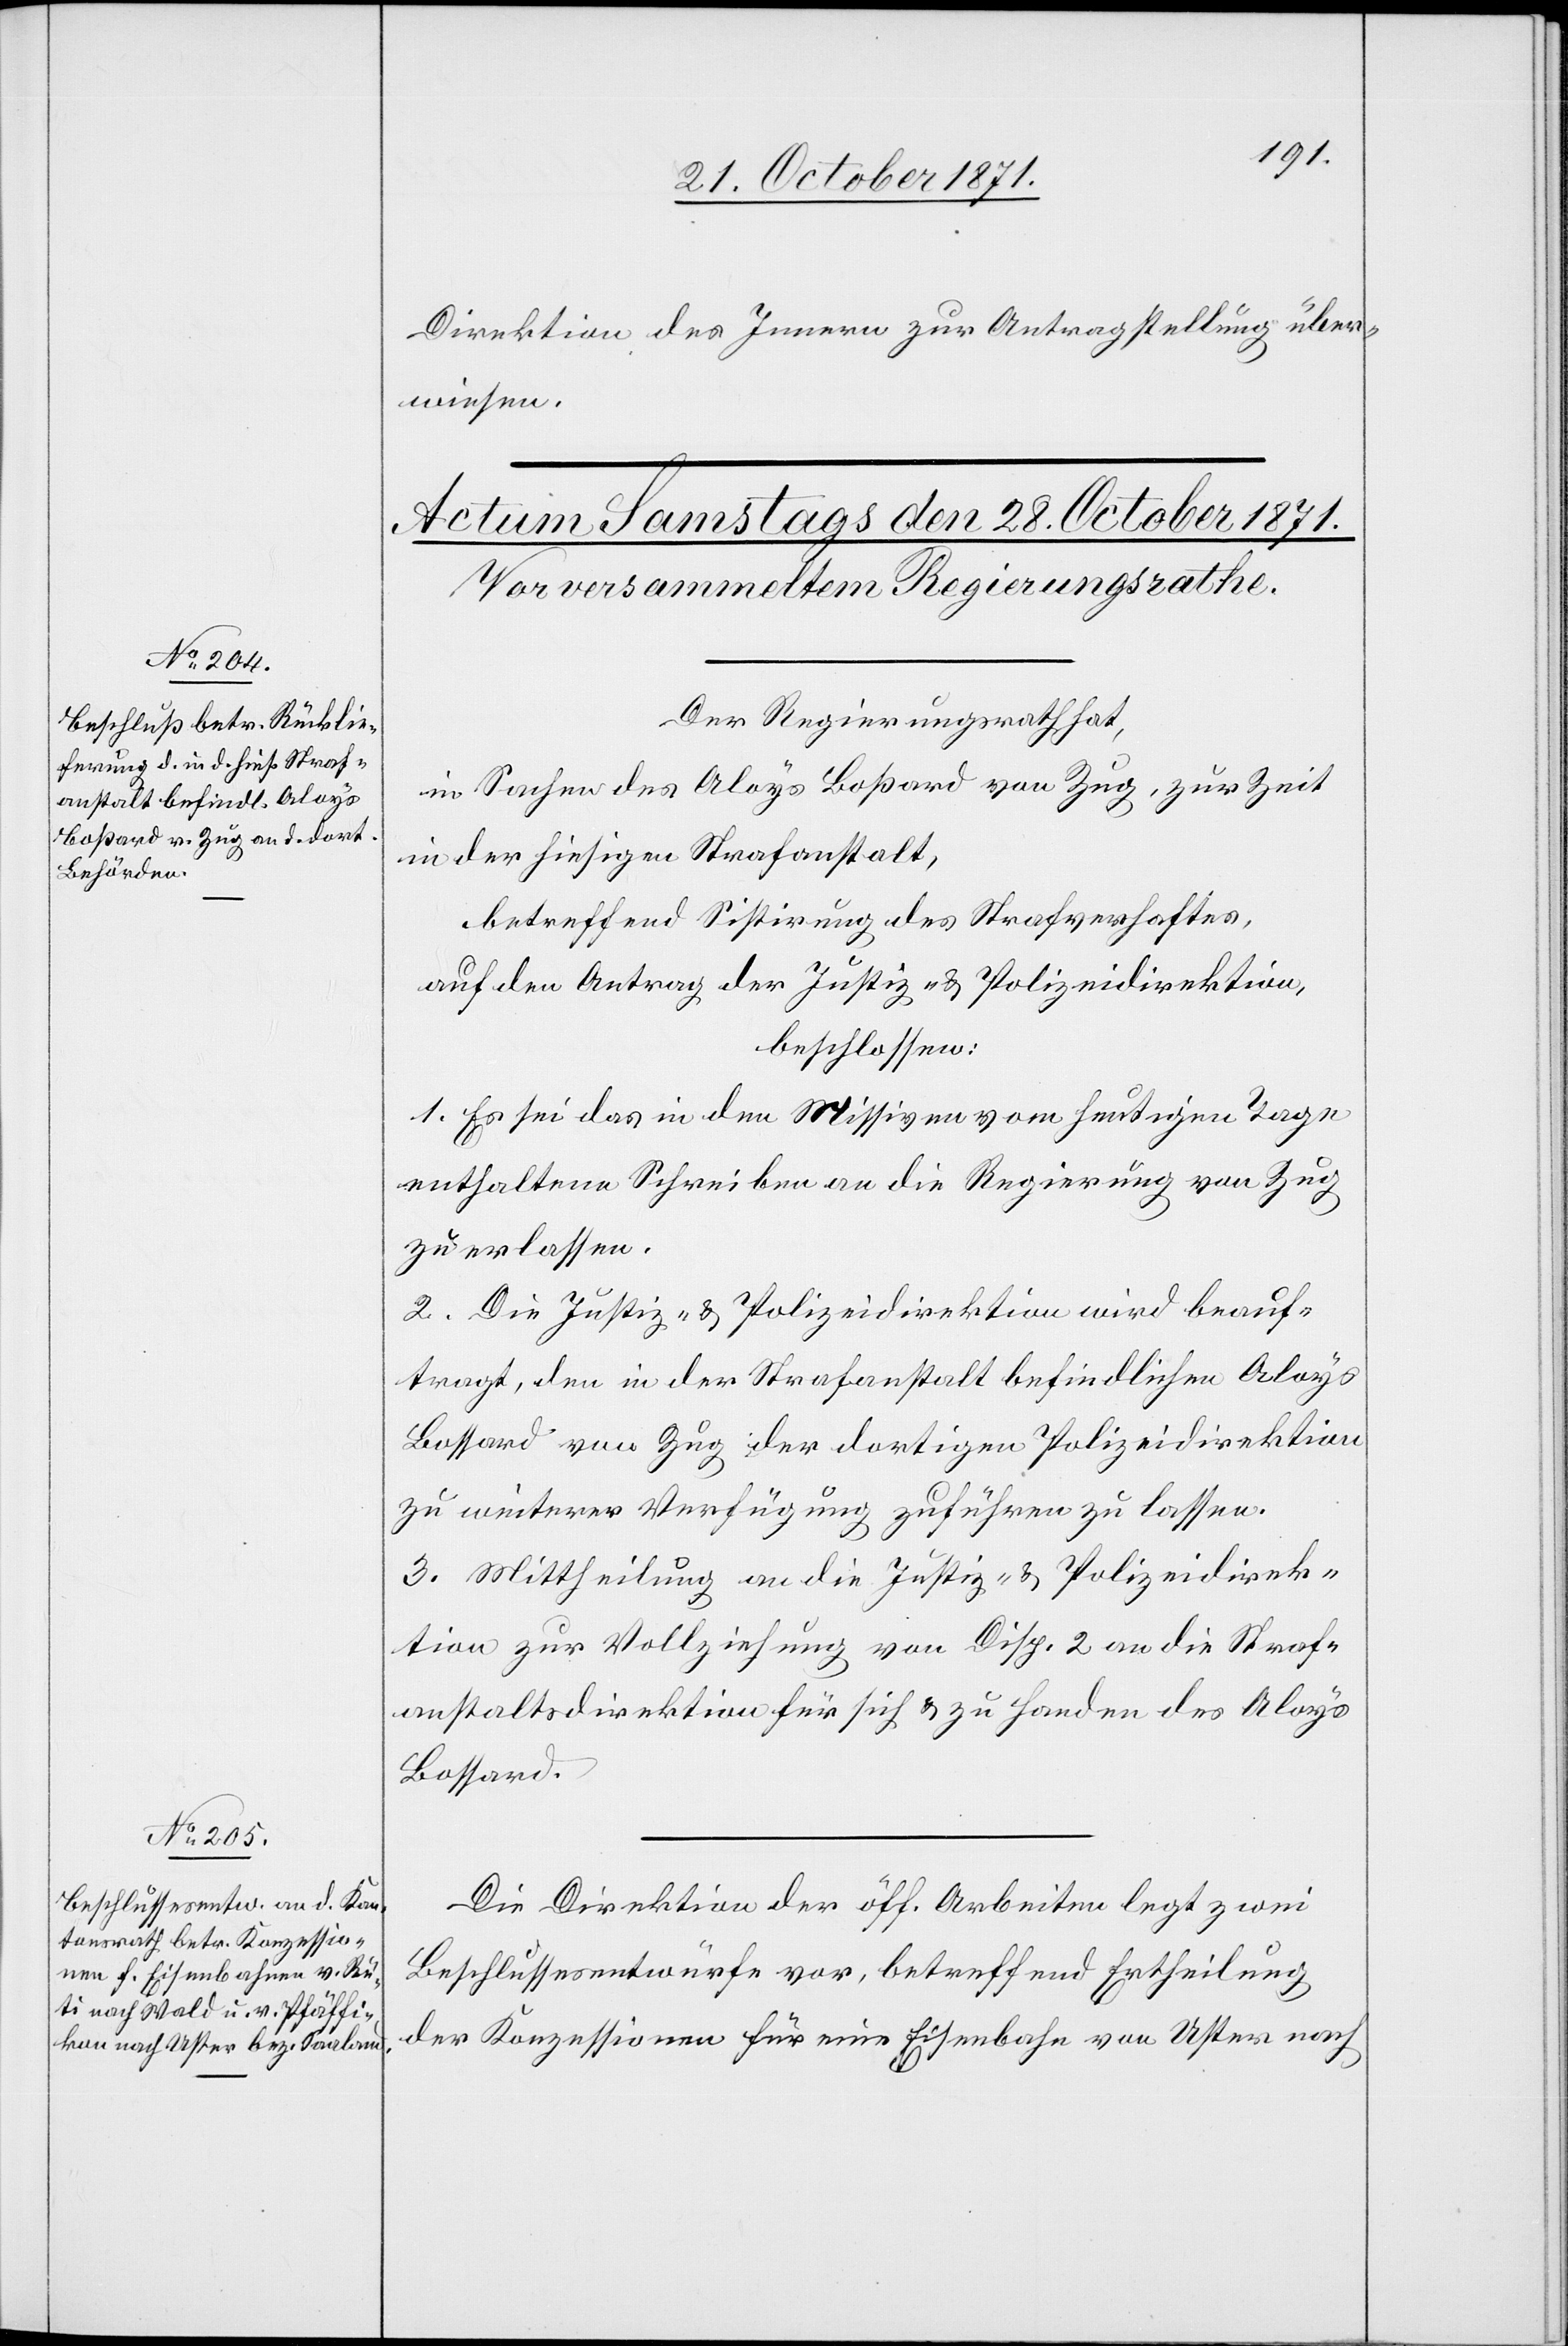
Direktion des Innern zur Antragstellung über¬
wiesen.
Der Regierungsrath hat,
in Sachen des Aloys Boßard von Zug, zur Zeit
in der hiesigen Strafanstalt,
betreffend Sistirung des Strafverhaftes,
auf den Antrag der Justiz- & Polizeidirektion,
beschlossen:
1. Es sei das in den Missiven vom heutigen Tage
enthaltene Schreiben an die Regierung von Zug
zu erlassen.
2. Die Justiz- & Polizeidirektion wird beauf¬
tragt, den in der Strafanstalt befindlichen Aloys
[sic!] von Zug der dortigen Polizeidirektion
zu weiterer Verfügung zuführen zu lassen.
3. Mittheilung an die Justiz- & Polizeidirek¬
tion zur Vollziehung von Disp. 2 an die Straf¬
anstaltsdirektion für sich & zu Handen des Aloys
Bossard.
Die Direktion der öff. Arbeiten legt zwei
Beschlussentwürfe vor, betreffend Ertheilung
der Konzessionen für eine Eisenbahn von Uster nach